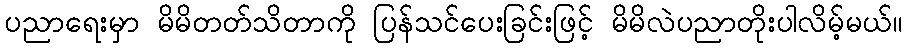
ပညာရေးမှာ မိမိတတ်သိတာကို ပြန်သင်ပေးခြင်းဖြင့် မိမိလဲပညာတိုးပါလိမ့်မယ်။